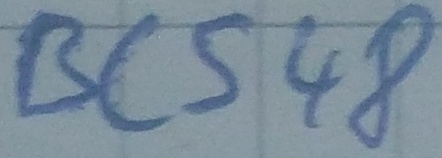
Text: BC548